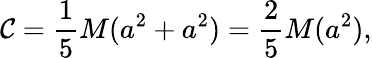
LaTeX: \mathcal{C}={\frac{{1}}{{5}}}M(a^{2}+a^{2})={\frac{{2}}{{5}}}M(a^{2}),